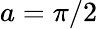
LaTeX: a=\pi/2